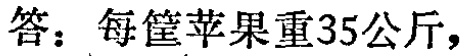
答：每筐苹果重35公斤，